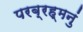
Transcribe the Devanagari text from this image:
परब्रह्मनुं